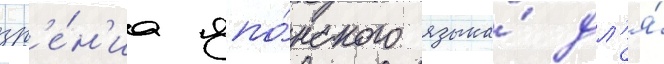
зр'е́н'иа япо́нского языка́ дл'я́